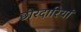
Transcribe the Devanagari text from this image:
छोरदारियां